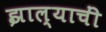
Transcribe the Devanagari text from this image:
झाल्याचीं